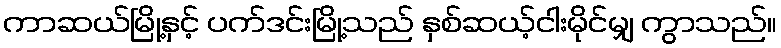
ကာဆယ်မြို့နှင့် ပက်ဒင်းမြို့သည် နှစ်ဆယ့်ငါးမိုင်မျှ ကွာသည်။